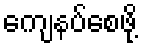
ကျေနပ်စေဖို့